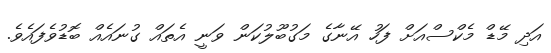
އަދި މޭޑް މެކްސްއަށް ފަހު އޭނާގެ މަގުބޫލުކަން ވަނީ އެތައް ގުނައެއް ބޮޑުވެފައެވެ.